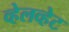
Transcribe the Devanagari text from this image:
व्हेलव्हेट